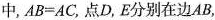
中，$$A B = A C$$，点D，E分别在边AB，